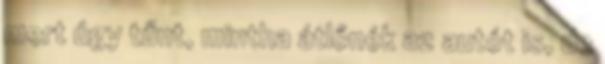
mert úgy tűnt, mintha átlőnék az autót is, de